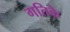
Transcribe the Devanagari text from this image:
गतिके